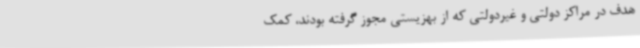
هدف در مراکز دولتی و غیردولتی که از بهزیستی مجوز گرفته بودند، کمک